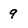
Character: 9